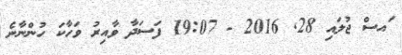
ައސް ޖުލައި 28